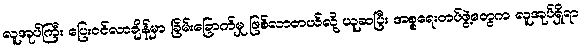
လူအုပ်ကြီး ပြေးဝင်လာချိန်မှာ ခြိမ်းခြောက်မှု ဖြစ်လာတယ်လို့ ယူဆပြီး အစ္စရေးတပ်ဖွဲ့တွေက လူအုပ်ရှိရာ